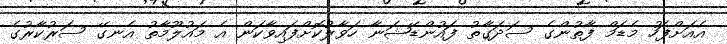
އެއަށްފަހު މެޑަމް ފާތުންގެ ސަދަގާތު ފައުންޑޭޝަނާ ހަވާލުކޮށްފައިވާކަން އެ މައުލޫމާތު އެނގޭ ސަރުކާރުގެ